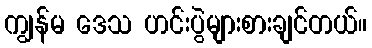
ကျွန်မ ဒေသ ဟင်းပွဲများစားချင်တယ်။